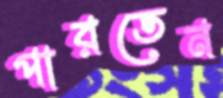
পারতেন